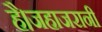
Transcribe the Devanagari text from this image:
है।जहाजरानी